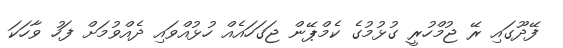
ފޭދޫގައި ރޭ ޖުމްހުރީ ގުޅުމުގެ ކެމްޕޭން ޖަގަހައެއް ހުޅުއްވައި ދެއްވުމަށް ފަހު ވާހަކަ